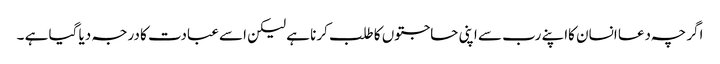
اگر چہ دعا انسان کااپنے رب سے اپنی حاجتوں کا طلب کرنا ہے لیکن اسے عبادت کا درجہ دیا گیا ہے ۔